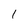
Character: 1